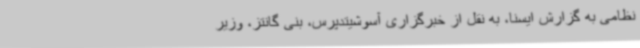
نظامی به گزارش ایسنا، به نقل از خبرگزاری آسوشیتدپرس، بنی گانتز، وزیر